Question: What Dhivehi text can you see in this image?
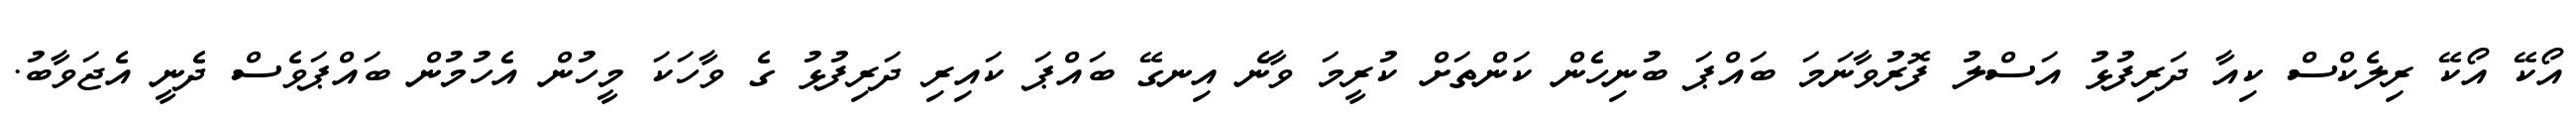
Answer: އޯކޭ އޯކޭ ރިލެކްސް ކިއާ ދަރިފުޅު އަސްލު ފޮރުވާނަމަ ބައްޕަ ބުނިހެން ކަންތަށް ކުރީމަ ވާނެ އިނގޭ ބައްޕަ ކައިރި ދަރިފުޅު ގެ ވާހަކަ މީހުން އެހުމުން ބައްޕަވެސް ދެނީ އެޖަވާބު.